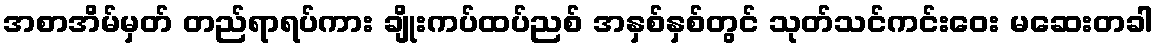
အစာအိမ်မှတ် တည်ရာရပ်ကား ချိုးကပ်ထပ်ညစ် အနှစ်နှစ်တွင် သုတ်သင်ကင်းဝေး မဆေးတခါ